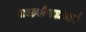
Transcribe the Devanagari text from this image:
राजगोपालचार्य